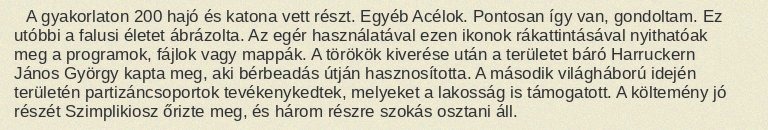
A gyakorlaton 200 hajó és katona vett részt. Egyéb Acélok. Pontosan így van, gondoltam. Ez utóbbi a falusi életet ábrázolta. Az egér használatával ezen ikonok rákattintásával nyithatóak meg a programok, fájlok vagy mappák. A törökök kiverése után a területet báró Harruckern János György kapta meg, aki bérbeadás útján hasznosította. A második világháború idején területén partizáncsoportok tevékenykedtek, melyeket a lakosság is támogatott. A költemény jó részét Szimplikiosz őrizte meg, és három részre szokás osztani áll.